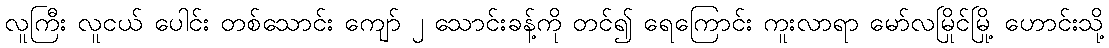
လူကြီး လူငယ် ပေါင်း တစ်သောင်း ကျော် ၂ သောင်းခန့်ကို တင်၍ ရေကြောင်း ကူးလာရာ မော်လမြိုင်မြို့ ဟောင်းသို့